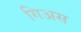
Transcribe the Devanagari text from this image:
गिअस